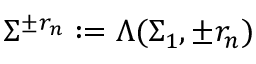
\Sigma ^ { \pm r _ { n } } : = \Lambda ( \Sigma _ { 1 } , \pm r _ { n } )